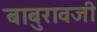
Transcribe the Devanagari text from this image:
बाबुरावजी